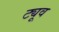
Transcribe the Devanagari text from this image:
ट्यूव